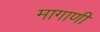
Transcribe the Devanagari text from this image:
मागाणी